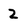
Character: 2